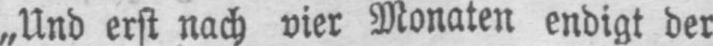
„Und erst nach vier Monaten endigt der